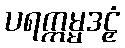
ပရက္ကမ္မဒဠှံ